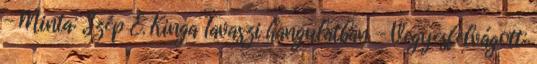
- Minta: Szép E. Kinga Tavaszi hangulatban - Vegyesfelvágott: